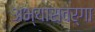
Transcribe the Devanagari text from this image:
अभ्यासवर्गा